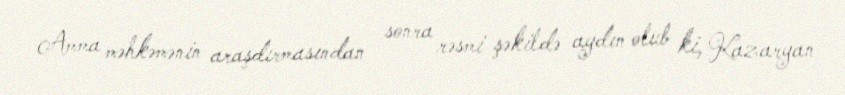
Amma məhkəmənin araşdırmasından sonra rəsmi şəkildə aydın olub ki, Kazaryan